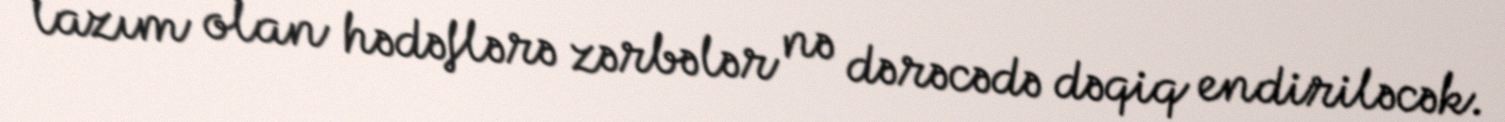
lazım olan hədəflərə zərbələr nə dərəcədə dəqiq endiriləcək.